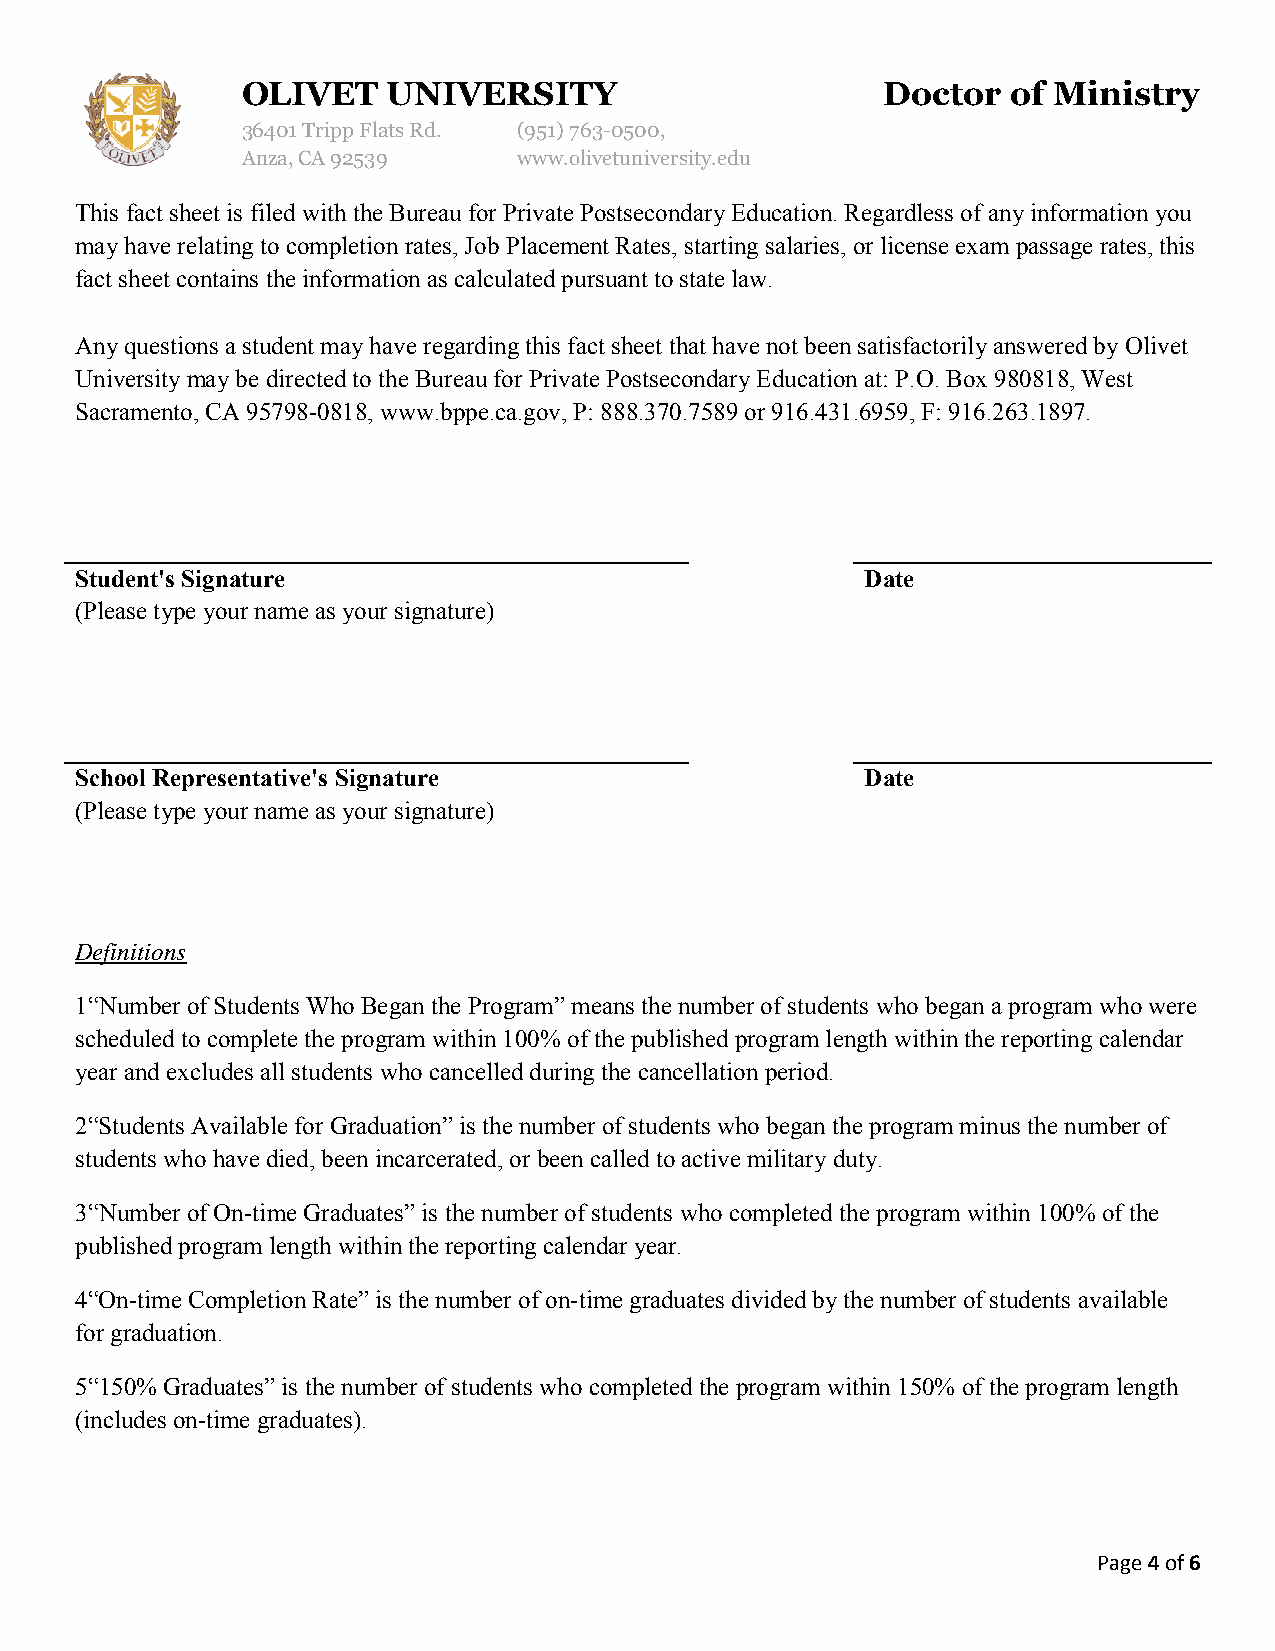
OLIVET    UNIVERSITY                      Doctor   of Ministry
 36401 Tripp Flats Rd. (951) 763-0500,
 Anza, CA 92539    www.olivetuniversity.edu
 This fact sheet is filed with the Bureau for Private Postsecondary Education. Regardless of any information you
 may have relating to completion rates, Job Placement Rates, starting salaries, or license exam passage rates, this
 fact sheet contains the information as calculated pursuant to state law.
 Any questions a student may have regarding this fact sheet that have not been satisfactorily answered by Olivet
 University may be directed to the Bureau for Private Postsecondary Education at: P.O. Box 980818, West
 Sacramento, CA 95798-0818, www.bppe.ca.gov, P: 888.370.7589 or 916.431.6959, F: 916.263.1897.
 Student's Signature                                 Date
 (Please type your name as your signature)
 School Representative's Signature                   Date
 (Please type your name as your signature)
 Definitions
 1“Number of Students Who Began the Program” means the number of students who began a program who were
 scheduled to complete the program within 100% of the published program length within the reporting calendar
 year and excludes all students who cancelled during the cancellation period.
 2“Students Available for Graduation” is the number of students who began the program minus the number of
 students who have died, been incarcerated, or been called to active military duty.
 3“Number of On-time Graduates” is the number of students who completed the program within 100% of the
 published program length within the reporting calendar year.
 4“On-time Completion Rate” is the number of on-time graduates divided by the number of students available
 for graduation.
 5“150% Graduates” is the number of students who completed the program within 150% of the program length
 (includes on-time graduates).
 Page 4 of 6